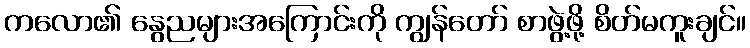
ကလော၏ နွေညများအကြောင်းကို ကျွန်တော် စာဖွဲ့ဖို့ စိတ်မကူးချင်။